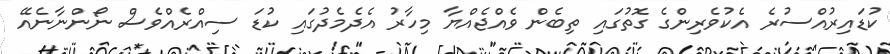
ކުޑައިރުއްސުރެ އެކުވެރިންގެ ގޮތުގައި ތިބެން ވެއްޖެއްޔާ މިހާރު އެދެމެދުގައި ކުޑަ ސިއްރެއްވެސް ނޯންނާނެއޭ